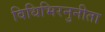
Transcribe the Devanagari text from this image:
विधिभिरनुनीता